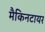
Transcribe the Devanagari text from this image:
मैकिनटायर